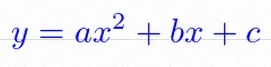
y=ax^2+bx+c